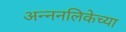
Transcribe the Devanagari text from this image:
अन्ननलिकेच्या